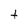
Character: t